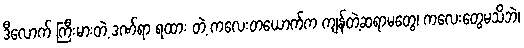
ဒီလောက် ကြီးမားတဲ့ ဒဏ်ရာ ရထား တဲ့ ကလေးတယောက်က ကျန်တဲ့ဆရာမတွေ၊ ကလေးတွေမသိဘဲ၊